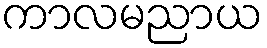
ကာလမညာယ